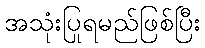
အသုံးပြုရမည်ဖြစ်ပြီး